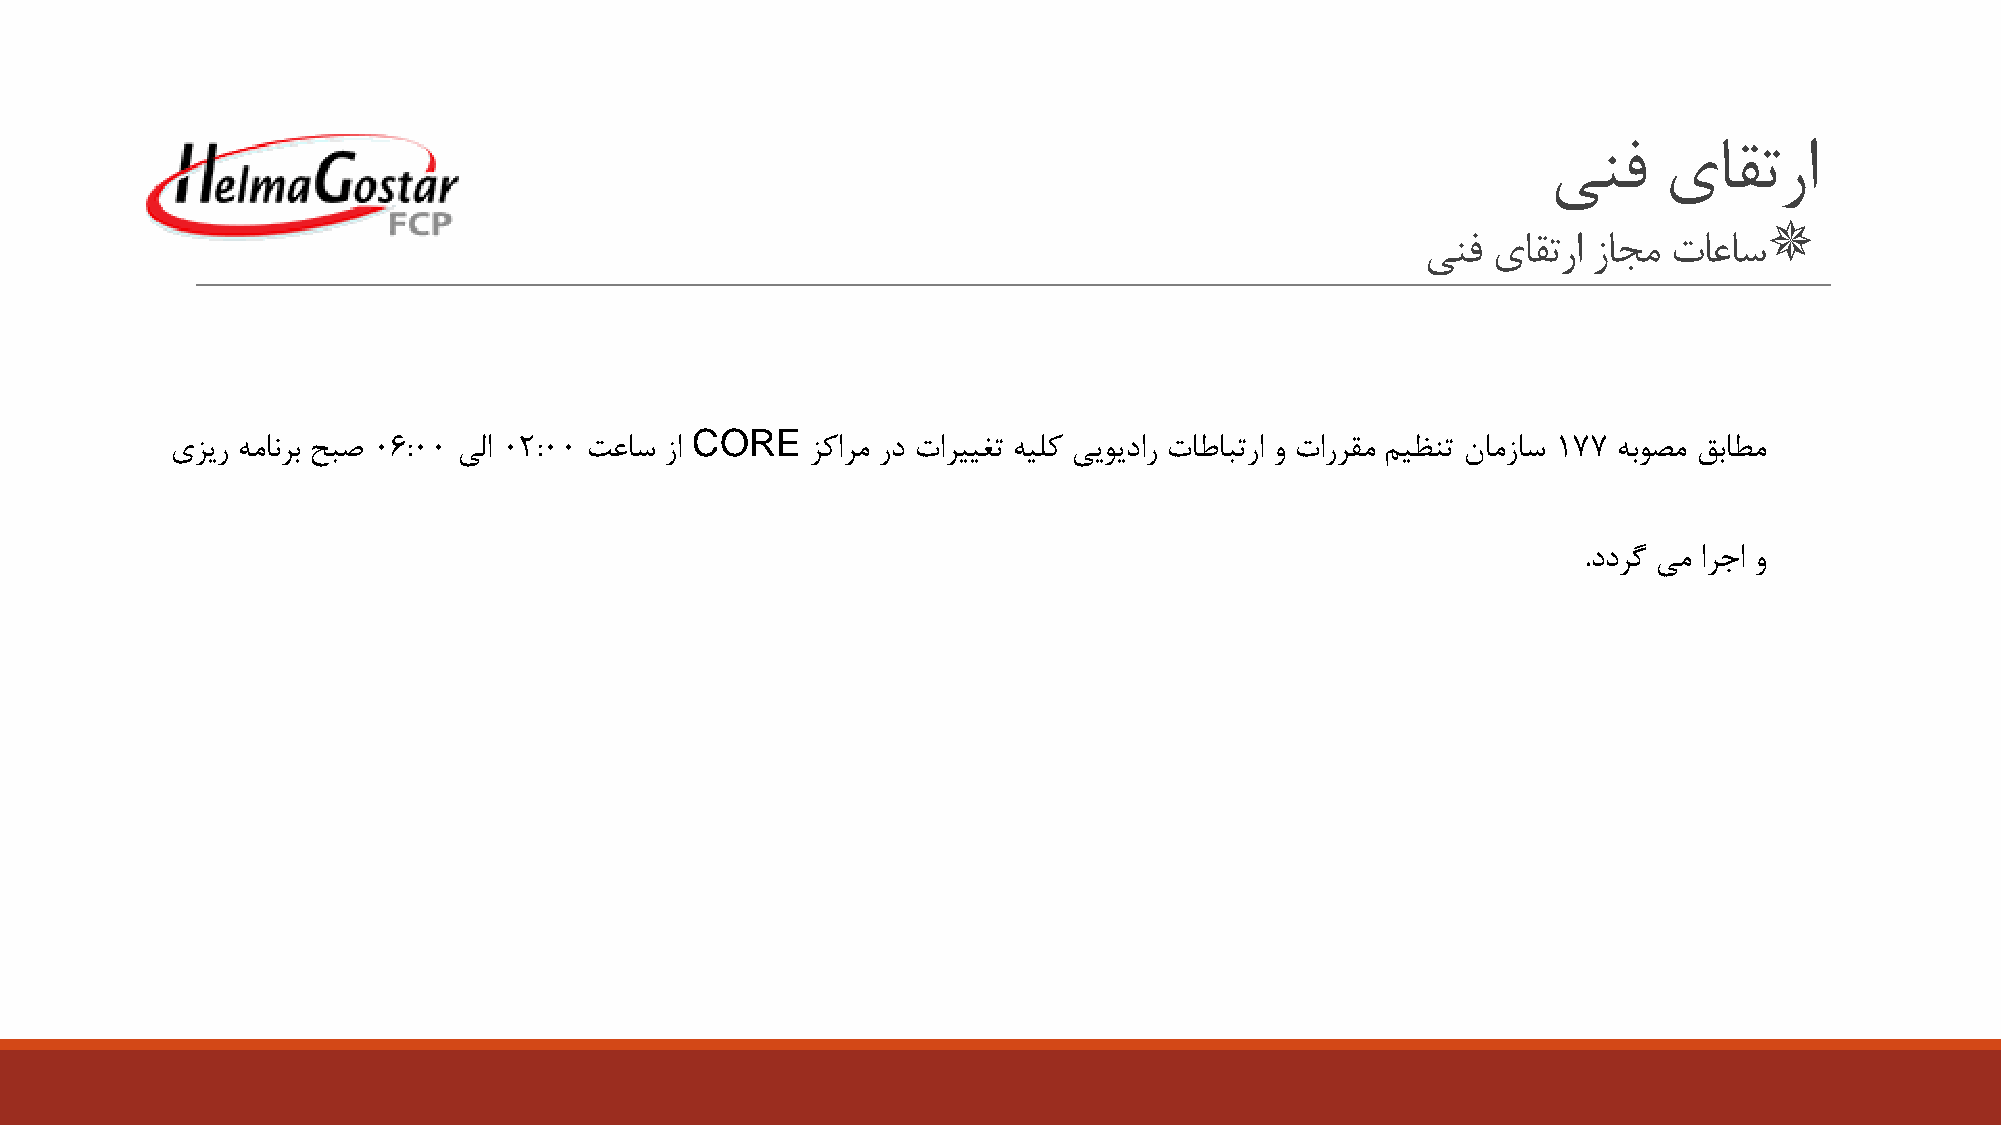
ینف    یاقترا
 
 ینف  یاقترا زاجم تاعاس
 CORE
 یزير همانرب حبص 06:00 یلا 02:00 تعاس زا    زکارم رد تارییغت هیلک یيويدار تاطابترا و تاررقم میظنت نامزاس 177 هبوصم قباطم
 .ددرگ یم ارجا و